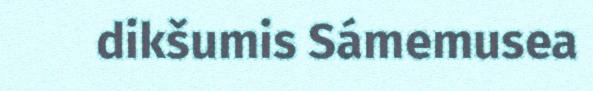
dikšumis Sámemusea